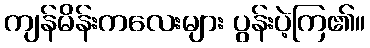
ကျန်မိန်းကလေးများ ပွန်းပဲ့ကြ၏။